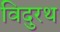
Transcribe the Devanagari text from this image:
विदुरथ